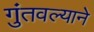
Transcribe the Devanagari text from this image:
गुंतवल्याने